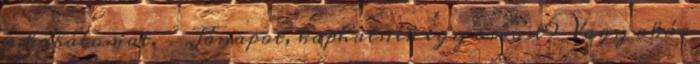
a kabátomat. - Jónapot, kaphatnék egy orvost? Vagy akár